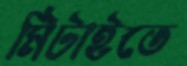
মিটাইতে